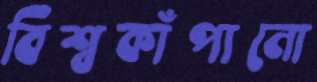
বিশ্বকাঁপানো